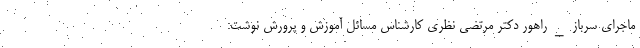
ماجرای سرباز_راهور دکتر مرتضی نظری کارشناس مسائل آموزش و پرورش نوشت: